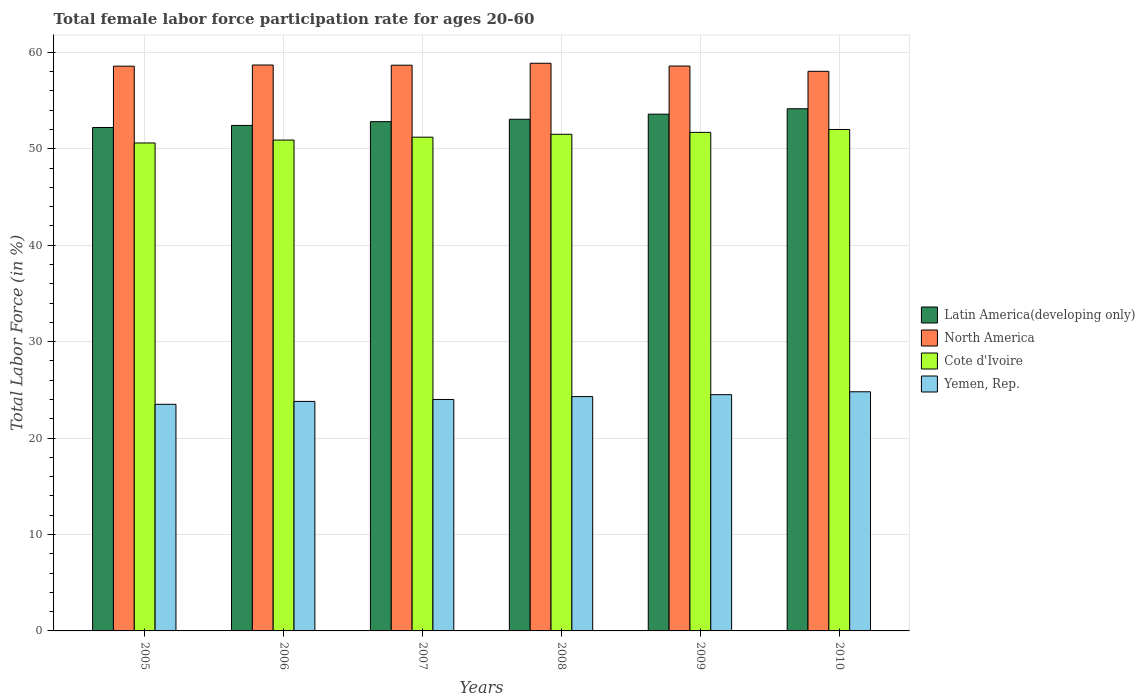
| Years | Latin America(developing only) | North America | Cote d'Ivoire | Yemen, Rep. |
 | --- | --- | --- | --- | --- |
 | 2005 | 52.2 | 58.6 | 50.6 | 23.5 |
 | 2006 | 52.4 | 58.7 | 50.9 | 23.8 |
 | 2007 | 52.8 | 58.7 | 51.2 | 24 |
 | 2008 | 53.1 | 58.9 | 51.5 | 24.3 |
 | 2009 | 53.6 | 58.6 | 51.7 | 24.5 |
 | 2010 | 54.1 | 58 | 52 | 24.8 |